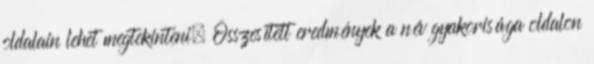
oldalain lehet megtekinteni. Összesített eredmények a név gyakorisága oldalon